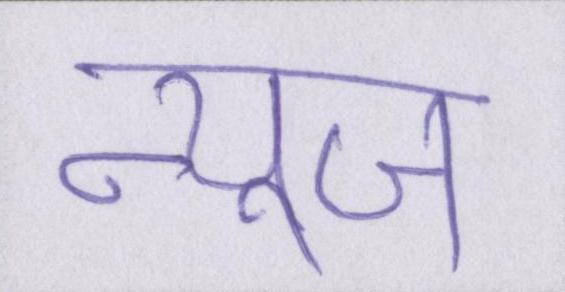
न्यूज